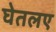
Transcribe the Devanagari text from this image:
घेतलए